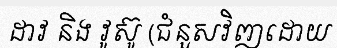
ដាវ និង វូស៊ូ (ជំនួសវិញដោយ